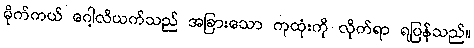
မိုက်ကယ် ဂေါ့လိယက်သည် အခြားသော ကုထုံးကို လိုက်ရာ ရပြန်သည်။